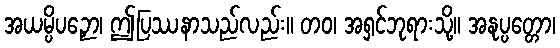
အယမ္ပိပဉှော၊ ဤပြဿနာသည်လည်း။ တဝ၊ အရှင်ဘုရားသို့။ အနုပ္ပတ္တော၊